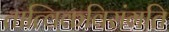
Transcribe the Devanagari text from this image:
तात्विकविसंगति